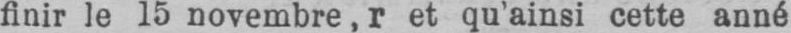
finir le 15 novembre, r et qu’ainsi cette anné